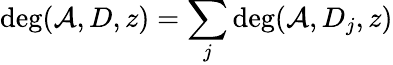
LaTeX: \deg(\mathcal{A},D,z)=\sum_{j}\deg(\mathcal{A},D_{j},z)